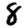
Digit: 8